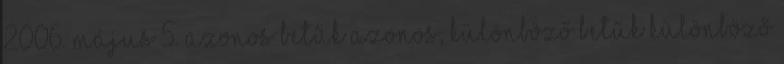
2006. május 5. Azonos betűk azonos, különböző betűk különböző